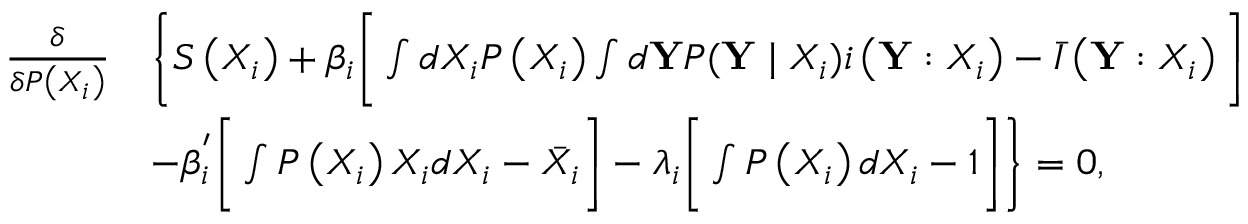
\begin{array} { r l } { \frac { \delta } { \delta P \left( { X } _ { i } \right) } } & { \Bigg \{ S \left( { X } _ { i } \right) + \beta _ { i } \bigg [ \int d X _ { i } P \left( { X } _ { i } \right) \int d { \mathbf { Y } } P ( \mathbf { Y } \mid { X } _ { i } ) \mathfrak { i } \left( { \mathbf { Y } } : { X } _ { i } \right) - \bar { I } \left( \mathbf { Y } : { X } _ { i } \right) \bigg ] } \\ & { - \beta _ { i } ^ { ' } \bigg [ \int P \left( { X } _ { i } \right) { X } _ { i } d X _ { i } - \Bar { X _ { i } } \bigg ] - \lambda _ { i } \bigg [ \int P \left( { X } _ { i } \right) d X _ { i } - 1 \bigg ] \Bigg \} = 0 , } \end{array}